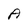
Character: A